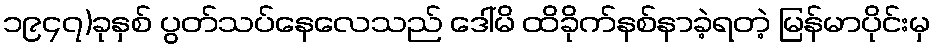
၁၉၄၇)ခုနှစ် ပွတ်သပ်နေလေသည် ဒေါ်မိ ထိခိုက်နစ်နာခဲ့ရတဲ့ မြန်မာပိုင်းမှ